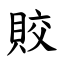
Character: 賋